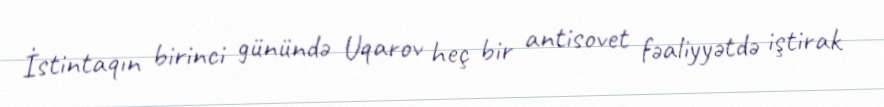
İstintaqın birinci günündə Uqarov heç bir antisovet fəaliyyətdə iştirak